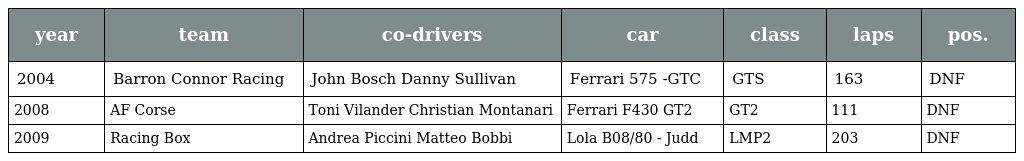
| year | team | co-drivers | car | class | laps | pos. |
 | --- | --- | --- | --- | --- | --- | --- |
 | 2004 | Barron Connor Racing | John Bosch Danny Sullivan | Ferrari 575 -GTC | GTS | 163 | DNF |
 | 2008 | AF Corse | Toni Vilander Christian Montanari | Ferrari F430 GT2 | GT2 | 111 | DNF |
 | 2009 | Racing Box | Andrea Piccini Matteo Bobbi | Lola B08/80 - Judd | LMP2 | 203 | DNF |